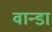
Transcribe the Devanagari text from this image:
वान्डा